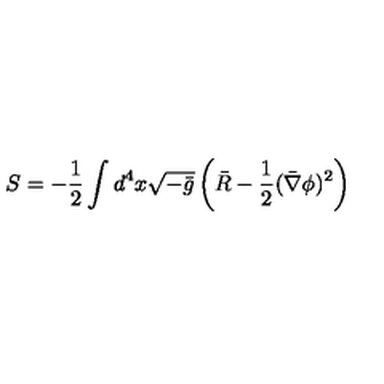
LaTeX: S = - \frac { 1 } { 2 } \int d ^ { 4 } x \sqrt { - \bar { g } } \left( \bar { R } - \frac { 1 } { 2 } ( \bar { \nabla } \phi ) ^ { 2 } \right)